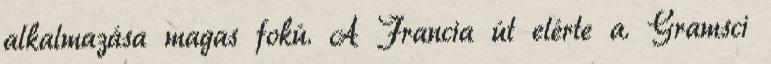
alkalmazása magas fokú. A Francia út elérte a. Gramsci